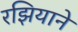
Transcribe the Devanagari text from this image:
रझियाने